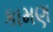
કામણ